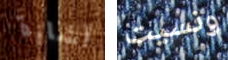
أشارة ونسيت